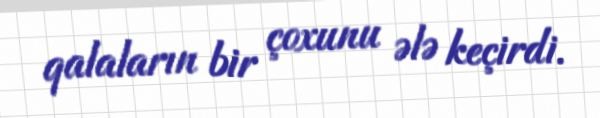
qalaların bir çoxunu ələ keçirdi.